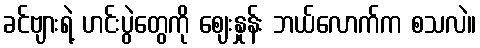
ခင်ဗျားရဲ့ ဟင်းပွဲတွေကို ဈေးနှုန်း ဘယ်လောက်က စသလဲ။